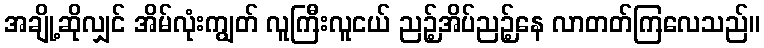
အချို့ဆိုလျှင် အိမ်လုံးကျွတ် လူကြီးလူငယ် ညဉ့်အိပ်ညဉ့်နေ လာတတ်ကြလေသည်။